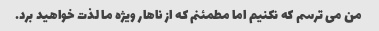
من می ترسم که نکنیم اما مطمئنم که از ناهار ویژه ما لذت خواهید برد.